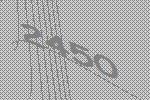
2450